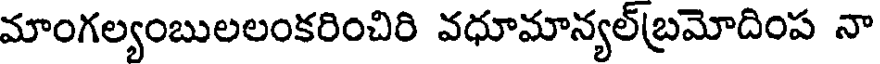
మాంగల్యంబులలంకరించిరి వధూమాన్యల్బ్రమోదింప నా